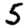
Digit: 5